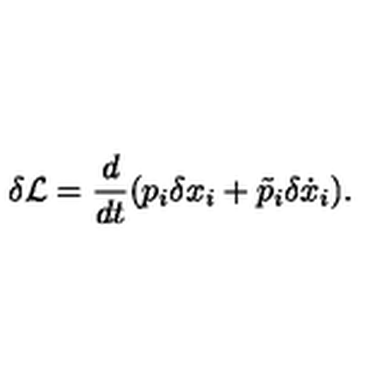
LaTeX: \delta { \cal L } = \frac { d } { d t } ( p _ { i } \delta x _ { i } + \tilde { p } _ { i } \delta \dot { x } _ { i } ) .